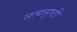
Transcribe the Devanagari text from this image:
सत्यसृष्टी